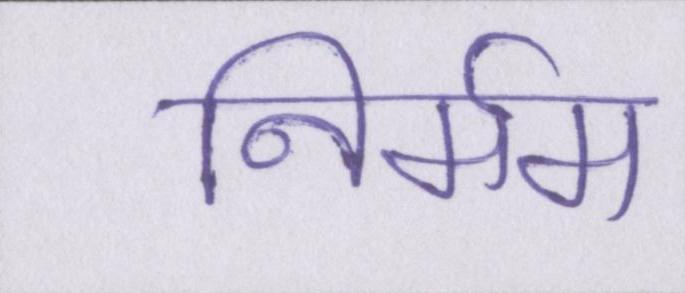
निर्मम